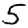
Digit: 5